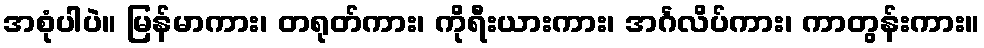
အစုံပါပဲ။ မြန်မာကား၊ တရုတ်ကား၊ ကိုရီးယားကား၊ အင်္ဂလိပ်ကား၊ ကာတွန်းကား။